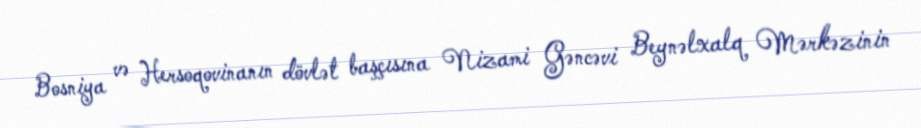
Bosniya və Hersoqovinanın dövlət başçısına Nizami Gəncəvi Beynəlxalq Mərkəzinin